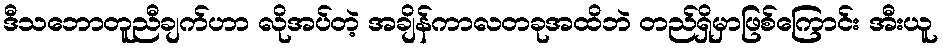
ဒီသဘောတူညီချက်ဟာ လိုအပ်တဲ့ အချိန်ကာလတခုအထိဘဲ တည်ရှိမှာဖြစ်ကြောင်း အီးယူ